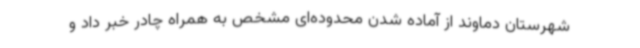
شهرستان دماوند از آماده شدن محدوده‌ای مشخص به همراه چادر خبر داد و